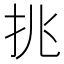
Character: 𢪢